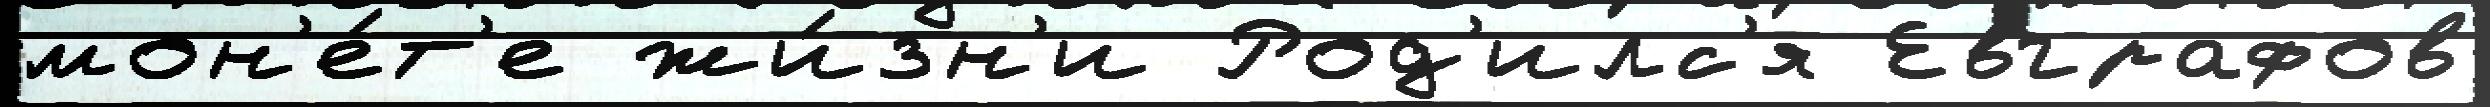
мон'е́т'е жи́зн'и Род'илс'я Евграфов